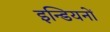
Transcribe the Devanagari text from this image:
इन्डियनों